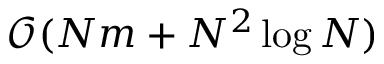
\mathcal { O } ( N m + N ^ { 2 } \log N )